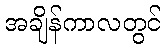
အချိန်ကာလတွင်